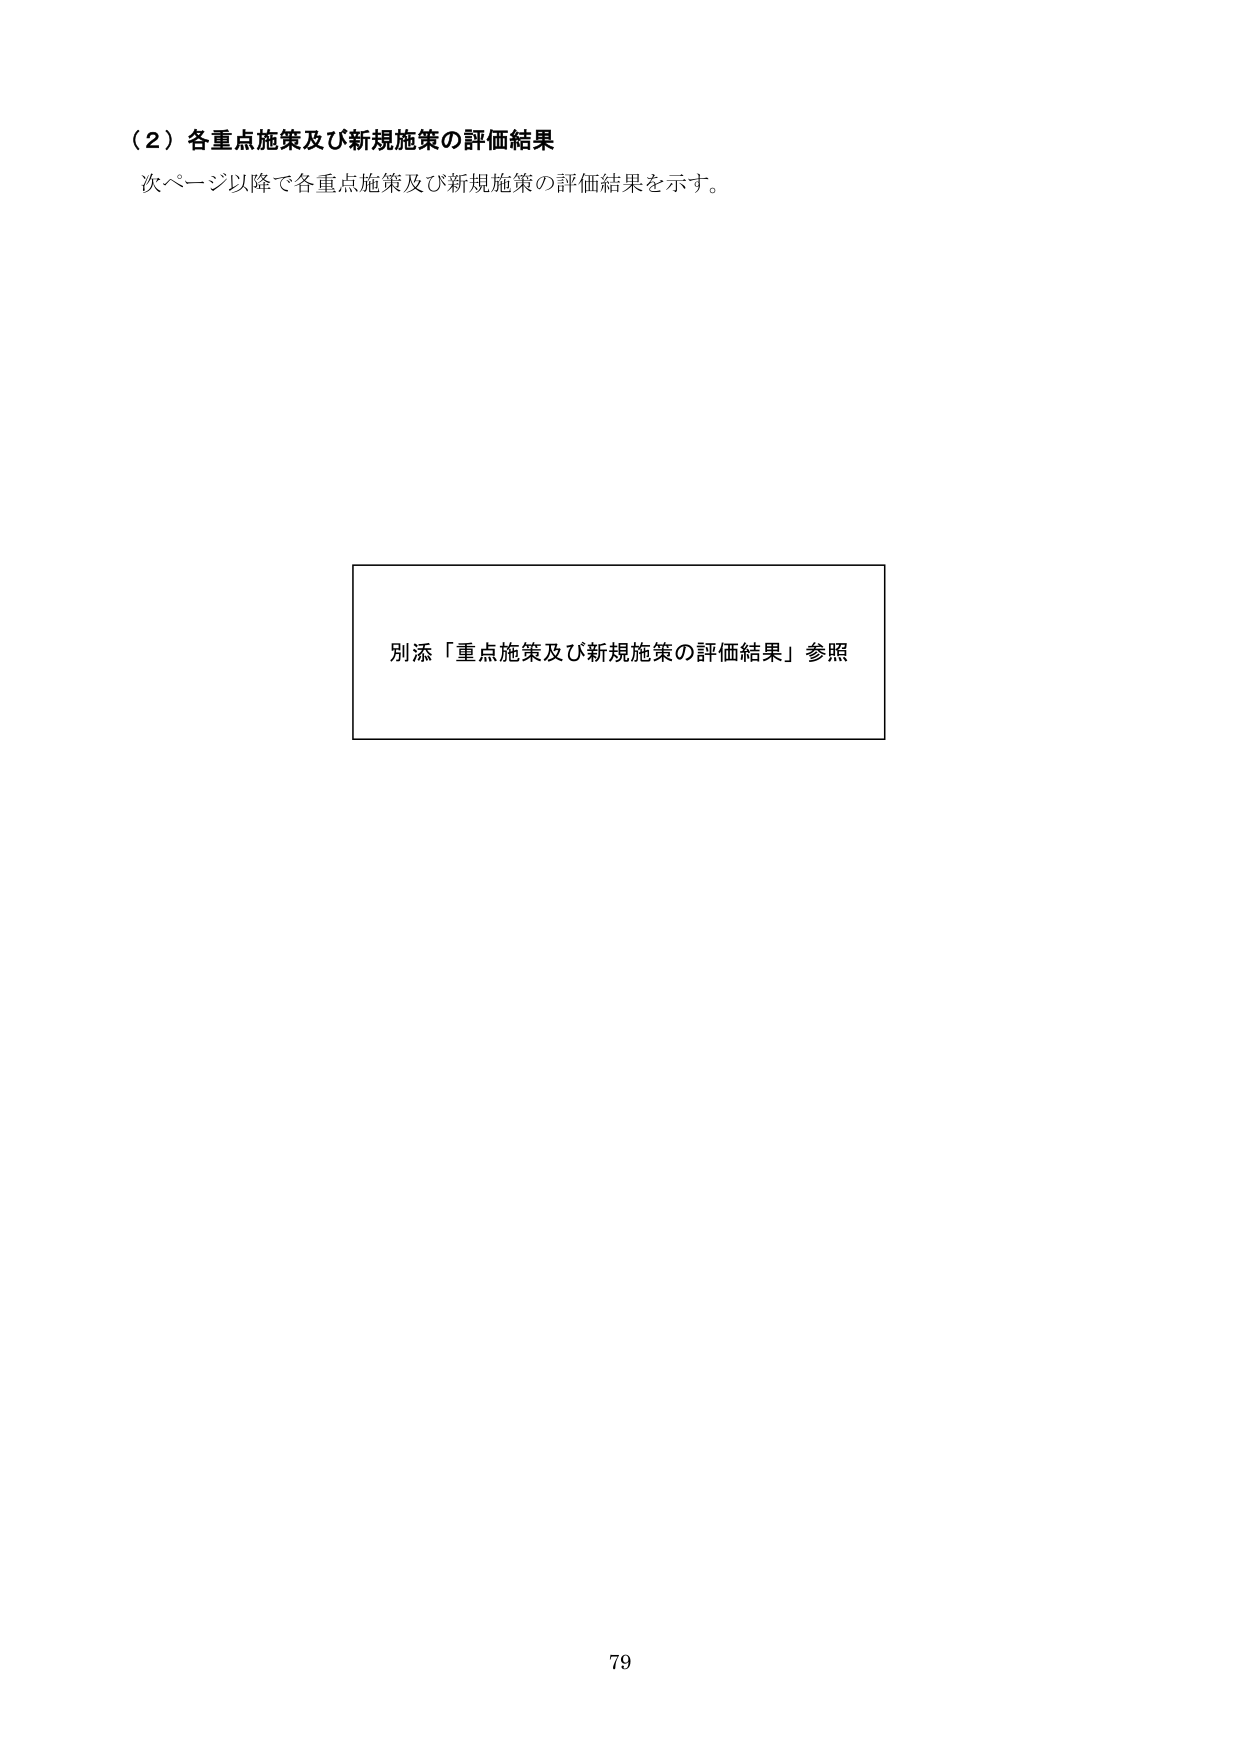
（２）各重点施策及び新規施策の評価結果
次ページ以降で各重点施策及び新規施策の評価結果を示す。

別添「重点施策及び新規施策の評価結果」参照

79